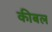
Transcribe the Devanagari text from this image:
कीबल